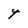
Character: t